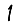
Digit: 1